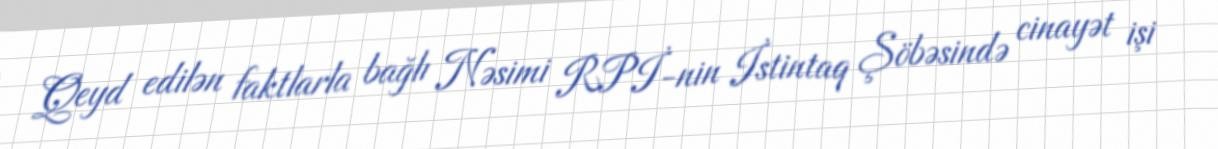
Qeyd edilən faktlarla bağlı Nəsimi RPİ-nin İstintaq Şöbəsində cinayət işi